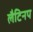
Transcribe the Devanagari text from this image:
लैटिनप